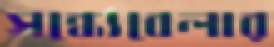
সন্ধ্যেবেলার